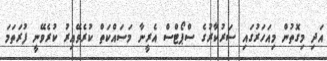
އަދި މިގޮތުން މިއަހަރުގައި ސަރުކާރުގެ ސްޕޯޓްސް އެރީނާ މަސައްކަތް ކުރެވޭއިރު ކުރެވޭނީ ފުރަތަމަ